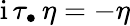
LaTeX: \mathrm{i}\, \tau_{\bullet}\, \eta=-\eta